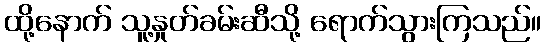
ထို့နောက် သူ့နှုတ်ခမ်းဆီသို့ ရောက်သွားကြသည်။